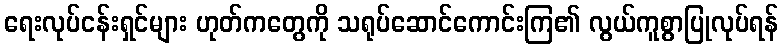
ရေးလုပ်ငန်းရှင်များ ဟုတ်ကတွေကို သရုပ်ဆောင်ကောင်းကြ၏ လွယ်ကူစွာပြုလုပ်ရန်